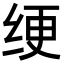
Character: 绠